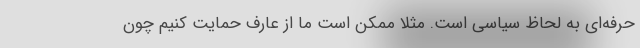
حرفه‌ای به لحاظ سیاسی است. مثلا ممکن است ما از عارف حمایت کنیم چون